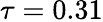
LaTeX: \tau=0.31